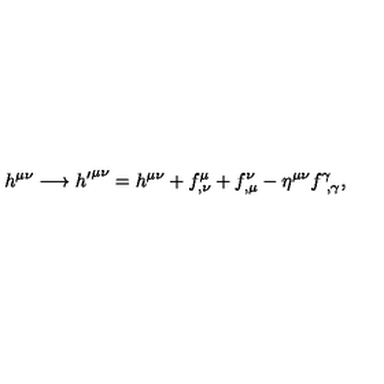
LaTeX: h ^ { \mu \nu } \longrightarrow { h ^ { \prime } } ^ { \mu \nu } = h ^ { \mu \nu } + f _ { , \nu } ^ { \mu } + f _ { , \mu } ^ { \nu } - \eta ^ { \mu \nu } f _ { \ , \gamma } ^ { \gamma } ,